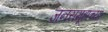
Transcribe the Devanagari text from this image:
जनसमूहाच्‍या